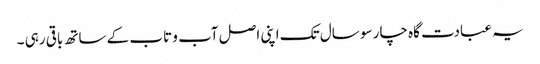
یہ عبادت گاہ چار سو سال تک اپنی اصل آب و تاب کے ساتھ باقی رہی ۔